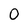
Character: 0